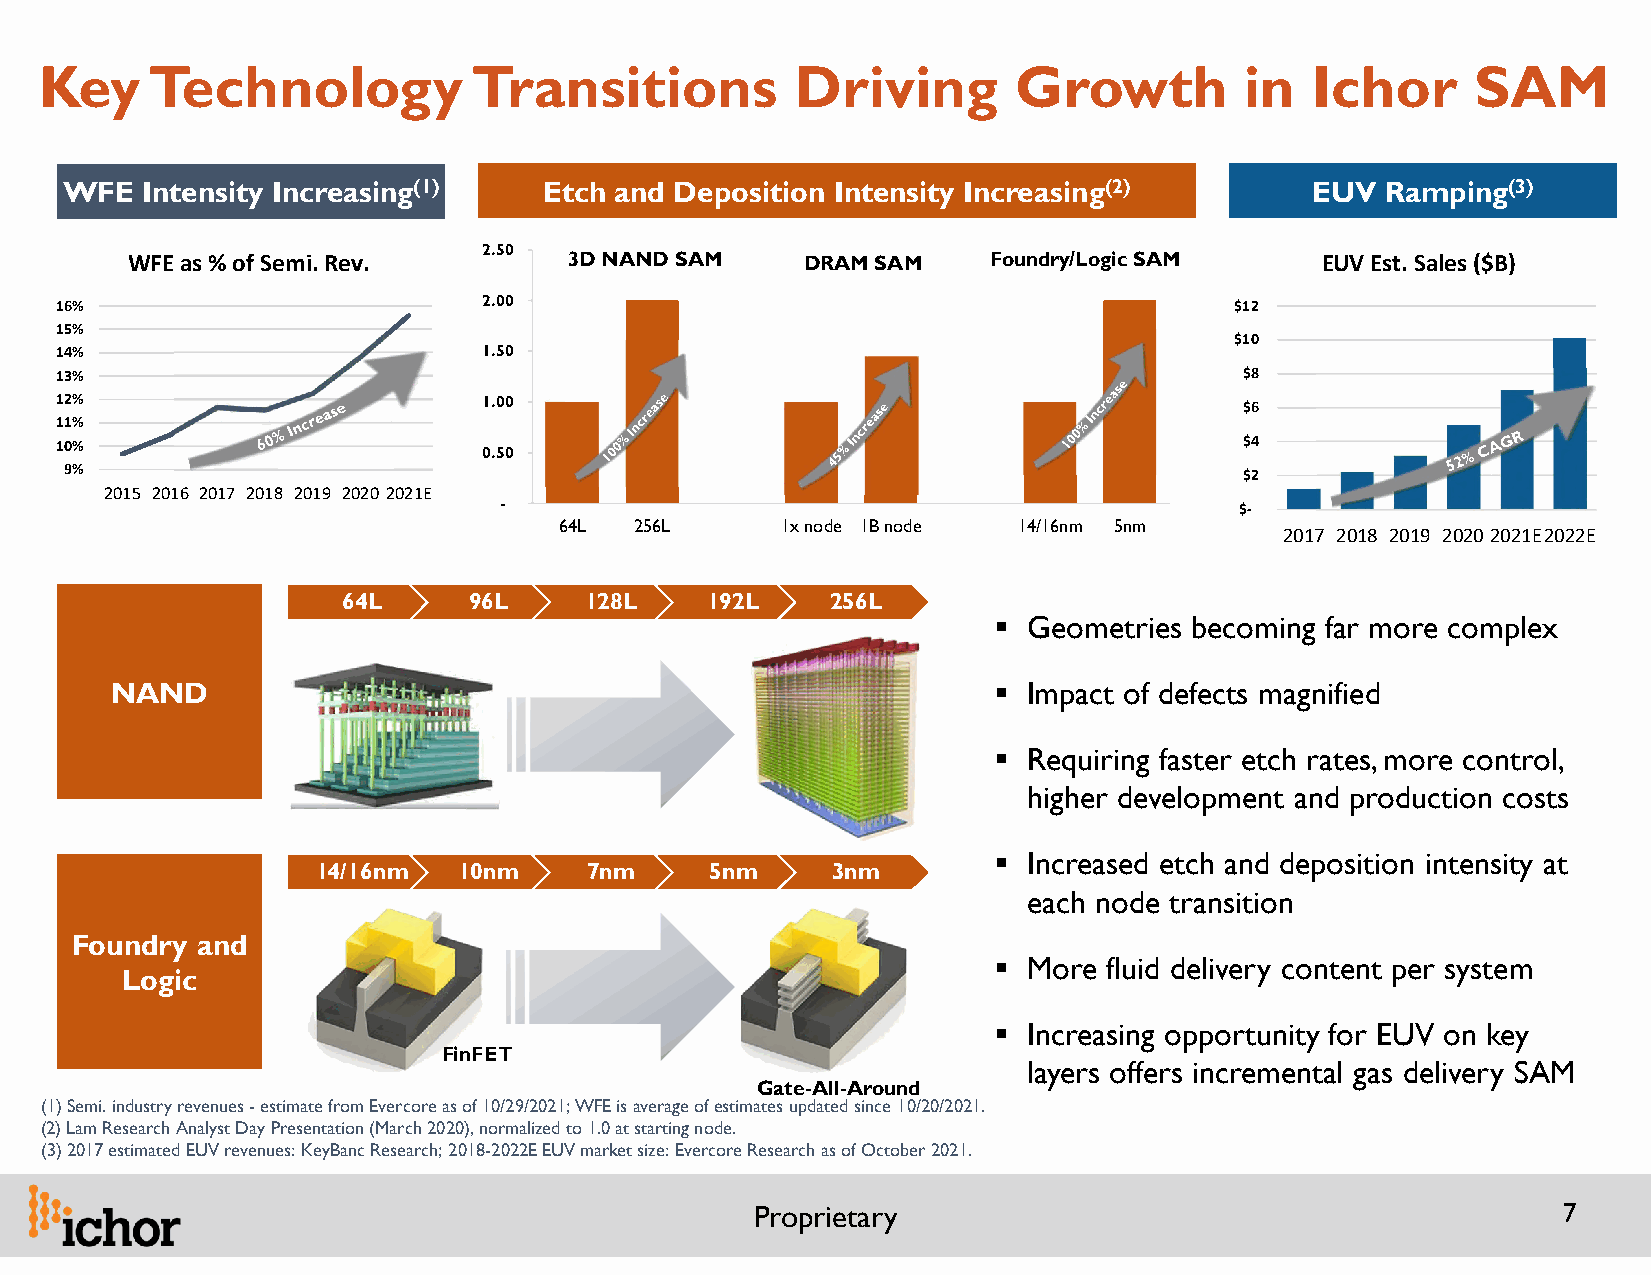
Key    Technology           Transitions           Driving       Growth         in   Ichor      SAM
 WFE  Intensity Increasing(1)    Etch and Deposition Intensity Increasing(2)        EUV  Ramping(3)
 2.50
 WFE as % of Semi. Rev.        3D NAND SAM    DRAM SAM    Foundry/Logic SAM     EUV Est. Sales ($B)
 16%                         2.00                                              $12
 15%
 $10
 14%                         1.50
 13%                                                                           $8
 12%                         1.00                                              $6
 11%
 10%                                                                           $4
 0.50
 9%                                                                            $2
 2015 2016 2017 2018 2019 20202021E
 -                                                $-
 64L  256L      1x node 1B node 14/16nm 5nm
 2017 2018 2019 20202021E2022E
 64L     96L     128L    192L    256L
  Geometries becoming far more complex
 NAND                                                        Impact of defects magnified
  Requiring faster etch rates, more control,
 higher development and production costs
  Increased etch and deposition intensity at
 14/16nm  10nm     7nm     5nm     3nm
 each node transition
 Foundry and
  More fluid delivery content per system
 Logic
  Increasing opportunity for EUV on key
 FinFET
 layers offers incremental gas delivery SAM
 Gate-All-Around
 (1) Semi. industry revenues -estimate from Evercore as of 10/29/2021; WFE is average of estimates updated since 10/20/2021.
 (2) Lam Research Analyst Day Presentation (March 2020), normalized to 1.0 at starting node.
 (3) 2017 estimated EUV revenues: KeyBanc Research; 2018-2022E EUV market size: Evercore Research as of October 2021.
 Proprietary                                          7